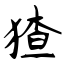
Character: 猹